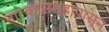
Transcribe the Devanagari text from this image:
तारकासमूहापासून